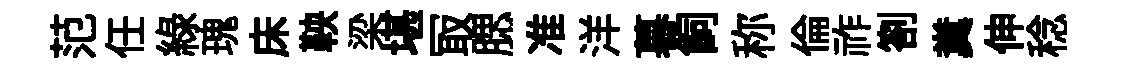
范任緑瑰床鞅梁堪冣腮准洋暮飼称倫祚劄糞伸稔